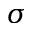
\sigma